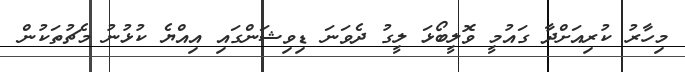
މިހާރު ކުރިއަށްދާ ގައުމީ ވޮލީބޯޅަ ލީގު ދެވަނަ ޑިވިޝަންގައި އިއްޔެ ކުޅުނު މެޗުތަކުން